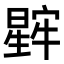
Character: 𬁖